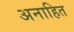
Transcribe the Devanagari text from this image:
अनाहित